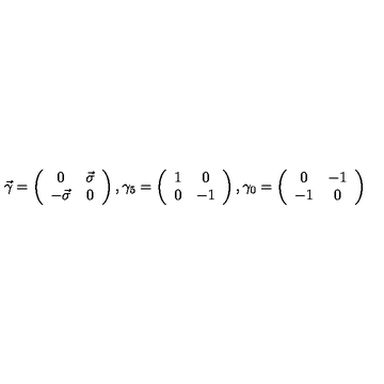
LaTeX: \vec { \gamma } = \left( \begin{array} { c c } { 0 } & { \vec { \sigma } } \\ { - \vec { \sigma } } & { 0 } \\ \end{array} \right) , \gamma _ { 5 } = \left( \begin{array} { c c } { 1 } & { 0 } \\ { 0 } & { - 1 } \\ \end{array} \right) , \gamma _ { 0 } = \left( \begin{array} { c c } { 0 } & { - 1 } \\ { - 1 } & { 0 } \\ \end{array} \right)